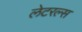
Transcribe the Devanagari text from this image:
लेटरल्स